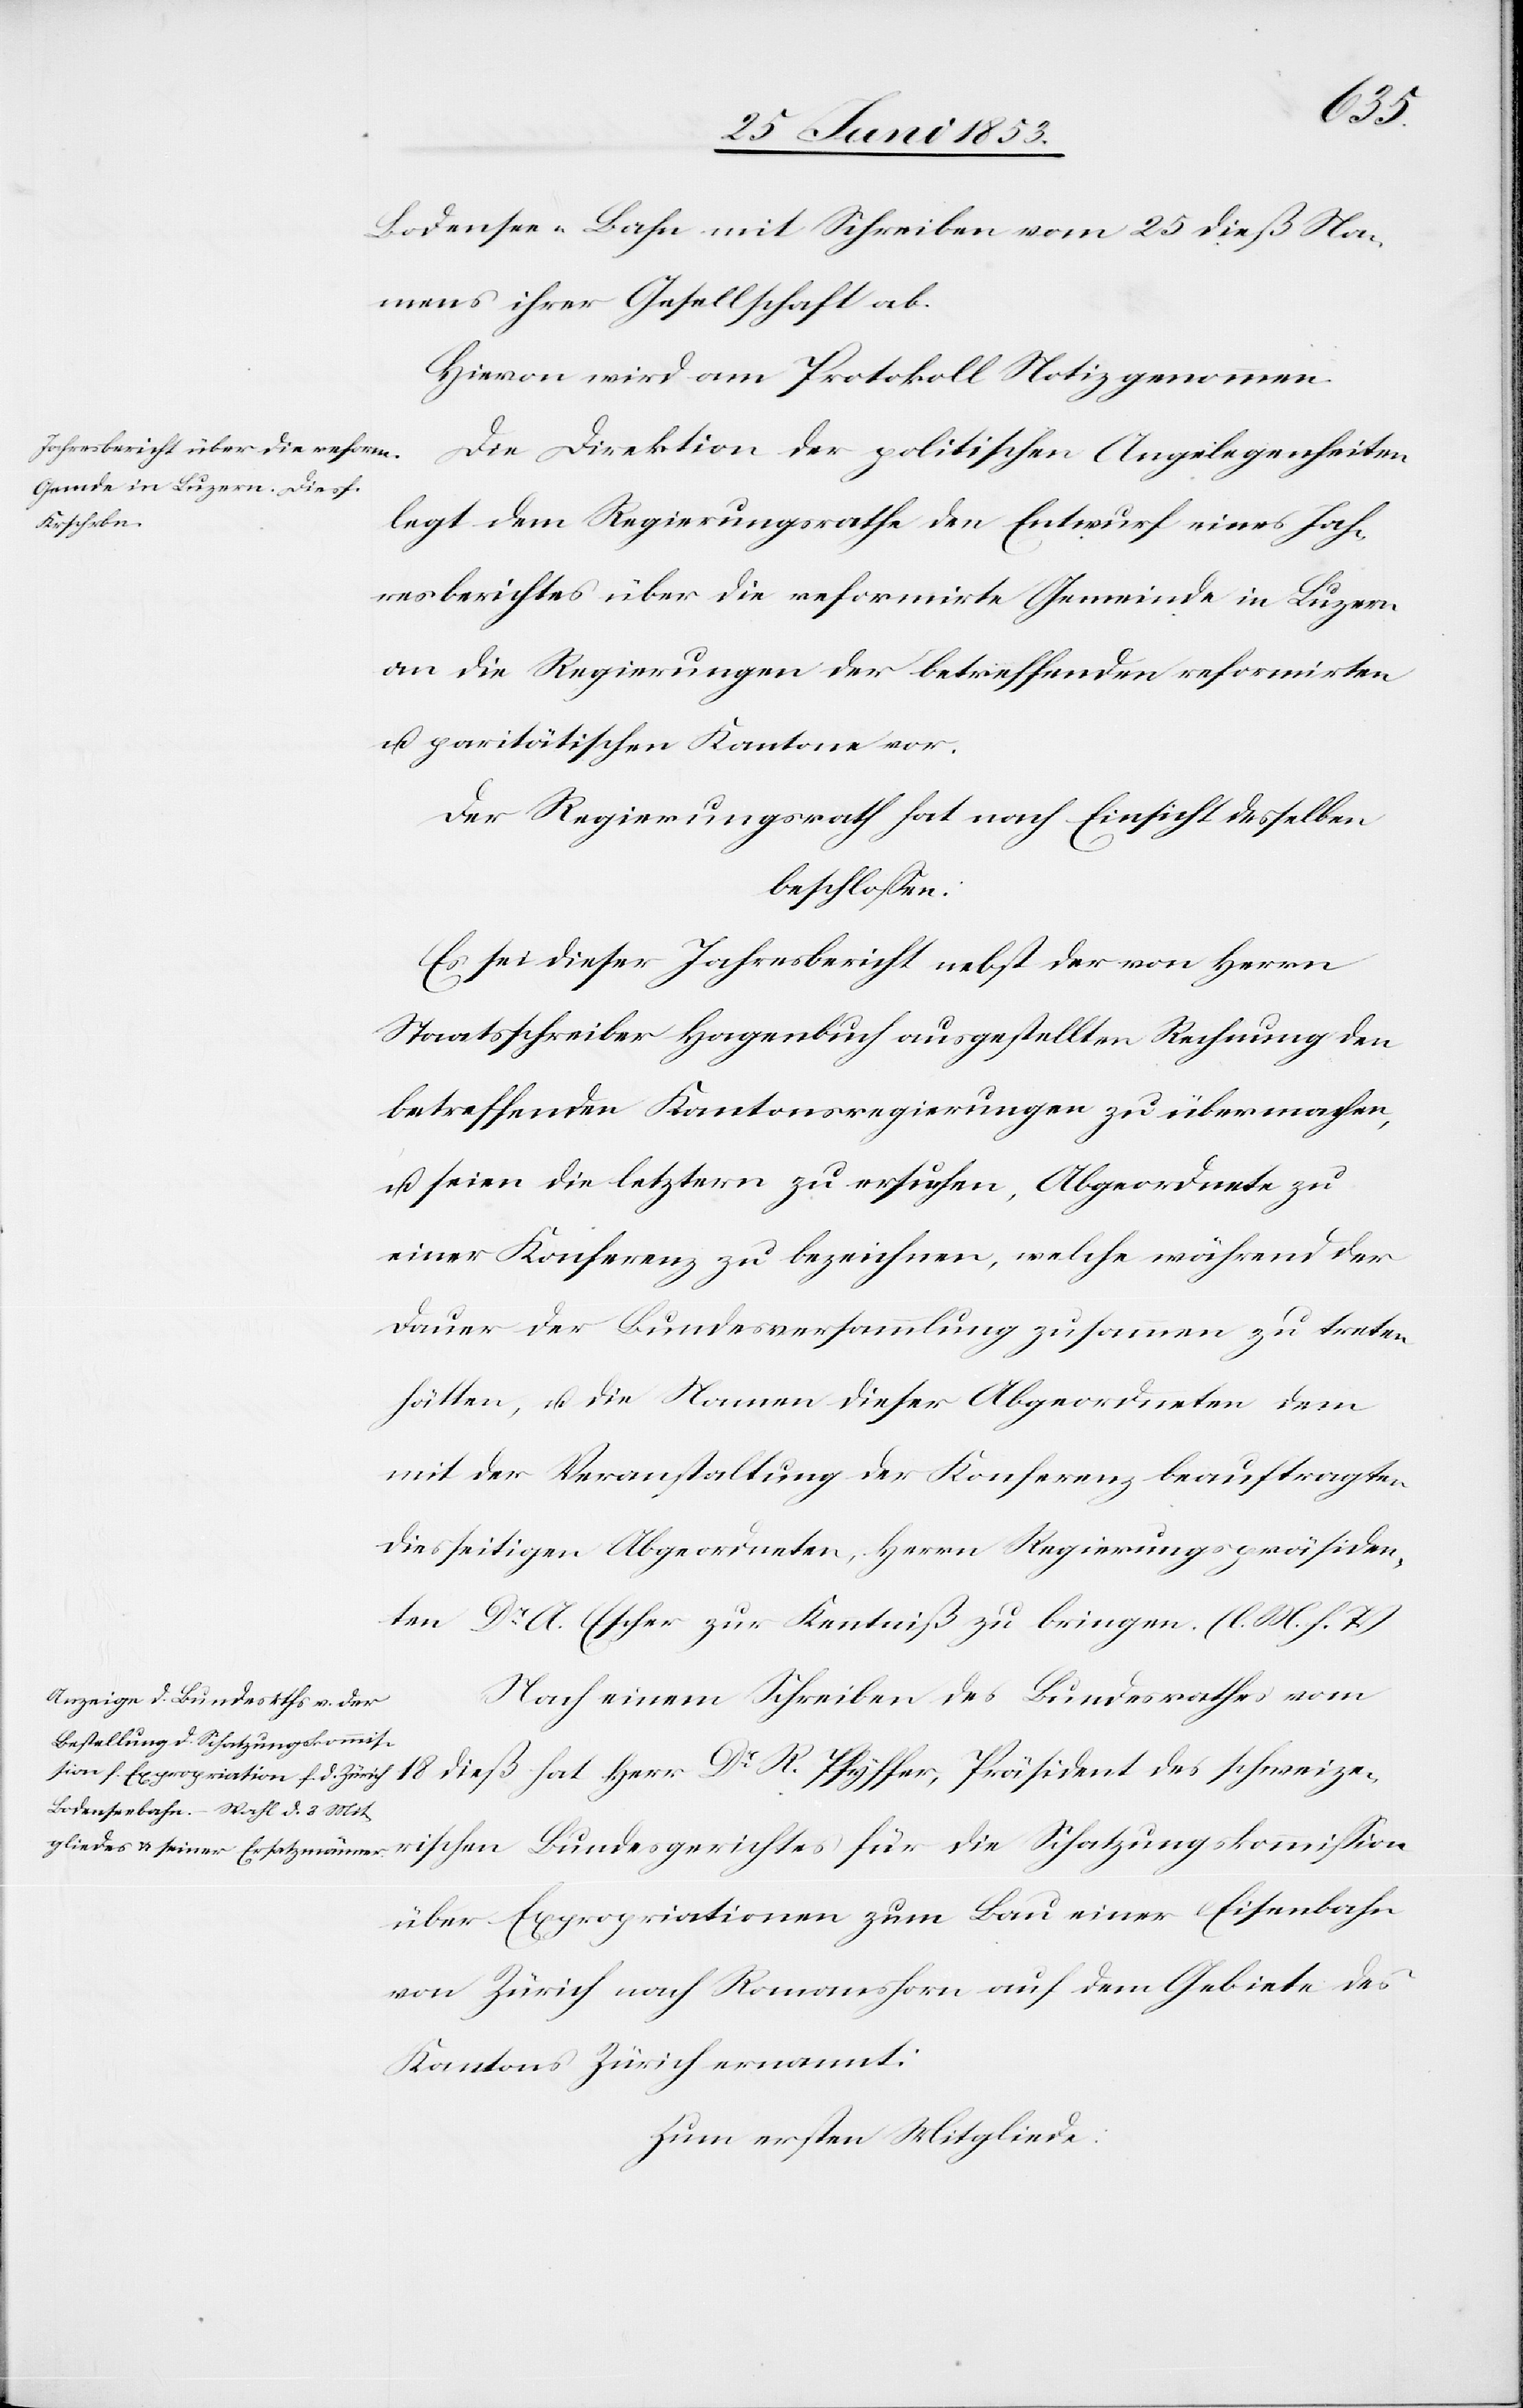
für
Bodensee-Bahn mit Schreiben vom 25 dieß Na¬
mens ihrer Gesellschaft ab.
zerischen
legt dem Regierungsrathe den Entwurf eines Jah¬
resberichtes über die reformirte Gemeinde in Luzern
an die Regierungen der betreffenden reformirten
u. paritätischen Kantone vor.
Der Regierungsrath hat nach Einsicht desselben
beschloßen:
Es sei dieser Jahresbericht nebst der von Herrn
Staatsschreiber Hagenbuch ausgestellten Rechnung den
betreffenden Kantonsregierungen zu übermachen,
u. seien die letztern zu ersuchen Abgeordnete
einer Konferenz zu bezeichnen, welche während der
Dauer der Bundesversammlung zusammen zu treten
hätten, u. die Namen dieser Abgeordneten dem
mit der Veranstaltung der Konferenz beauftragten
diesseitigen Abgeordneten, Herrn Regierungspräsiden¬
ten Dr. A. Escher zur Kenntniß zu bringen. [l. M. h. T]
Nach einem Schreiben des Bundesrathes vom
über Expropriationen zum Bau einer Eisenbahn
von Zürich nach Romanshorn auf dem Gebiete durch
Kantons Zürich ernannt:
Zum ersten Mitgliede: